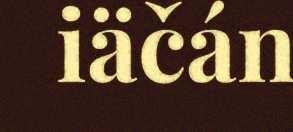
iäčán